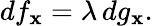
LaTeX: df_{\mathbf{x}}=\lambda\, dg_{\mathbf{x}}.